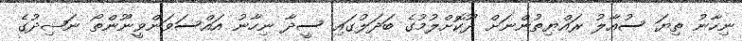
ނިހާނު ތިޔަ ސުއާލު ރައްޔިތުންނަށް ދޫކޮށްލުމުގެ ބަދަލުގައި ސީދާ ނިހާނު އައްސަވަންވީނޫންތޯ ނަޝިދުގެ